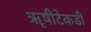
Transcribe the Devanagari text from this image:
ॠषीटेकडी